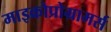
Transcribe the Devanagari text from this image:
माइक्रोप्रोग्रामर्स